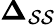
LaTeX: \mathbf{\Delta_{\mathcal{S}\mathcal{S}}}